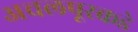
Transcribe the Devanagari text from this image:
अचलपूरकडे